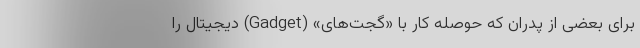
برای بعضی از پدران که حوصله کار با «گجت‌های» (Gadget) دیجیتال را